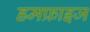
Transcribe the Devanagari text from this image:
डमफ्राइज